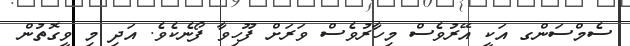
ސެމްސަންގ އަކީ އޭރުވެސް މިހާރުވެސް ވަރަށް ފޫހިވާ ފޯނެކެވެ. އަދި މި ވީގޮތުން